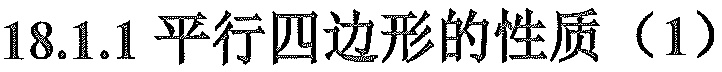
18.1.1 平行四边形的性质（1）